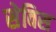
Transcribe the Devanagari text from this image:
सेविस